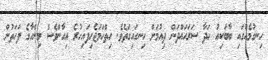
ހިނގުމެެއްގައި ބާބަކިއު ހަދާ ސަރަހައްދަން ދިއުމަށް ހިނގައިގަތެވެ. ހިތްހަމަޖެހިފައިހުރެ އިއާންވެސް މިންހާގެ ފަހަތުން